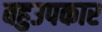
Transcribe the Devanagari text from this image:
बहुउपकार